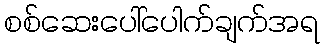
စစ်ဆေးပေါ်ပေါက်ချက်အရ